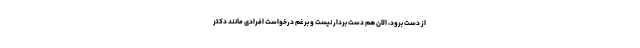
از دست برود، الان هم دست بردار نیست و برغم درخواست افرادی مانند دکتر